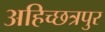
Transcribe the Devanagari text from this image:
अहिच्छत्रपुर